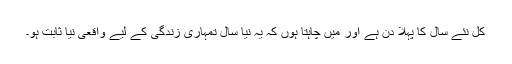
کل نئے سال کا پہلا دن ہے اور مَیں چاہتا ہوں کہ یہ نیا سال تمہاری زندگی کے لیے واقعی نیا ثابت ہو۔